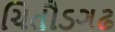
ચિતૌડગઢ